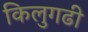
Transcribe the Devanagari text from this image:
किलुगढी